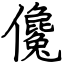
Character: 儳